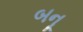
બનૂ